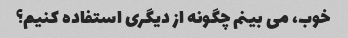
خوب، می بینم چگونه از دیگری استفاده کنیم؟